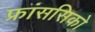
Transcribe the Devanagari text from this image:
फ्रांससिको